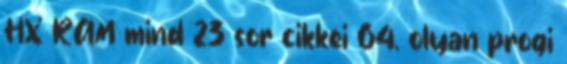
HX RAM mind 23 sor cikkei 64. olyan progi